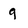
Character: 9